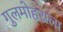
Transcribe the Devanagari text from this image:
गुलमोहराला